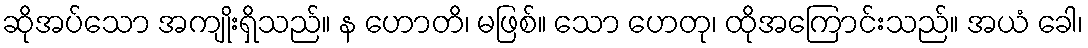
ဆိုအပ်သော အကျိုးရှိသည်။ န ဟောတိ၊ မဖြစ်။ သော ဟေတု၊ ထိုအကြောင်းသည်။ အယံ ခေါ၊